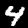
Label: 4